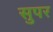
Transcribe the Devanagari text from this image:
सुपर